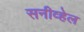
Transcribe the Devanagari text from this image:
सनीव्हेल